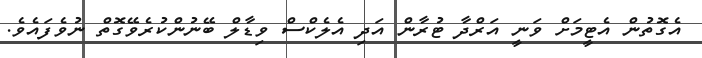
އެގޮތުން އެޓީމަށް ވަނީ އަރްދާ ޓުރާން އަދި އެލެކްސް ވިޑާލް ބޭނުންކުރެވޭގޮތް ނުވެފައެވެ.